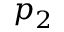
p _ { 2 }